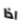
اذا